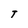
Character: T